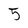
Character: 5